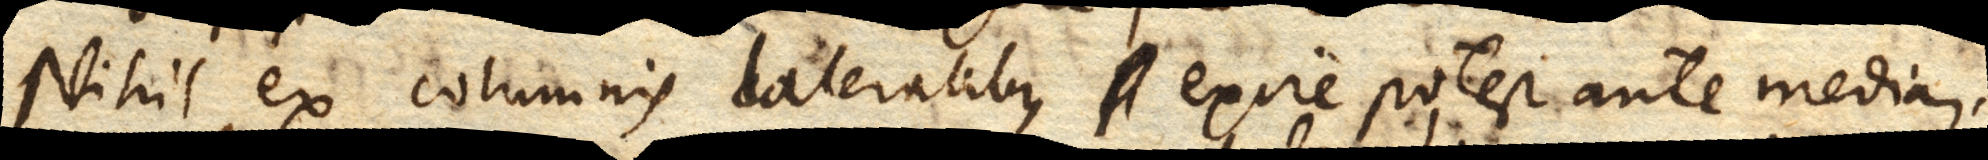
Nihil ex columnis lateralibus exire potest ante mediam.